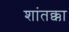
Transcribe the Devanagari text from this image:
शांतक्का